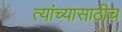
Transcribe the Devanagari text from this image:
त्यांच्यासाठीच